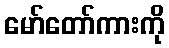
မော်တော်ကားကို